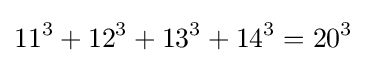
11^{3}+12^{3}+13^{3}+14^{3}=20^{3}